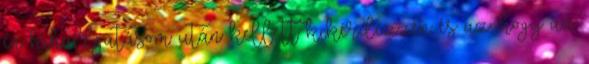
én kihallgatásom után kellett kikérdezzen és az, hogy az